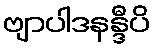
ဗျာပါဒနန္ဒီပိ